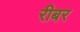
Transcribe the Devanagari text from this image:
रीबर